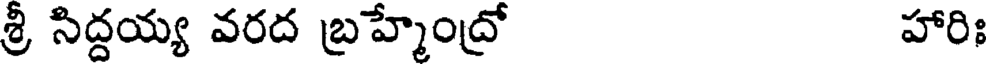
శ్రీ సిద్దయ్య వరద బ్రహ్మేంద్రో హారిః